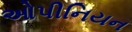
ઓપીનિયન